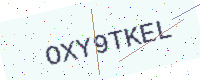
Text: OXY9TKEL